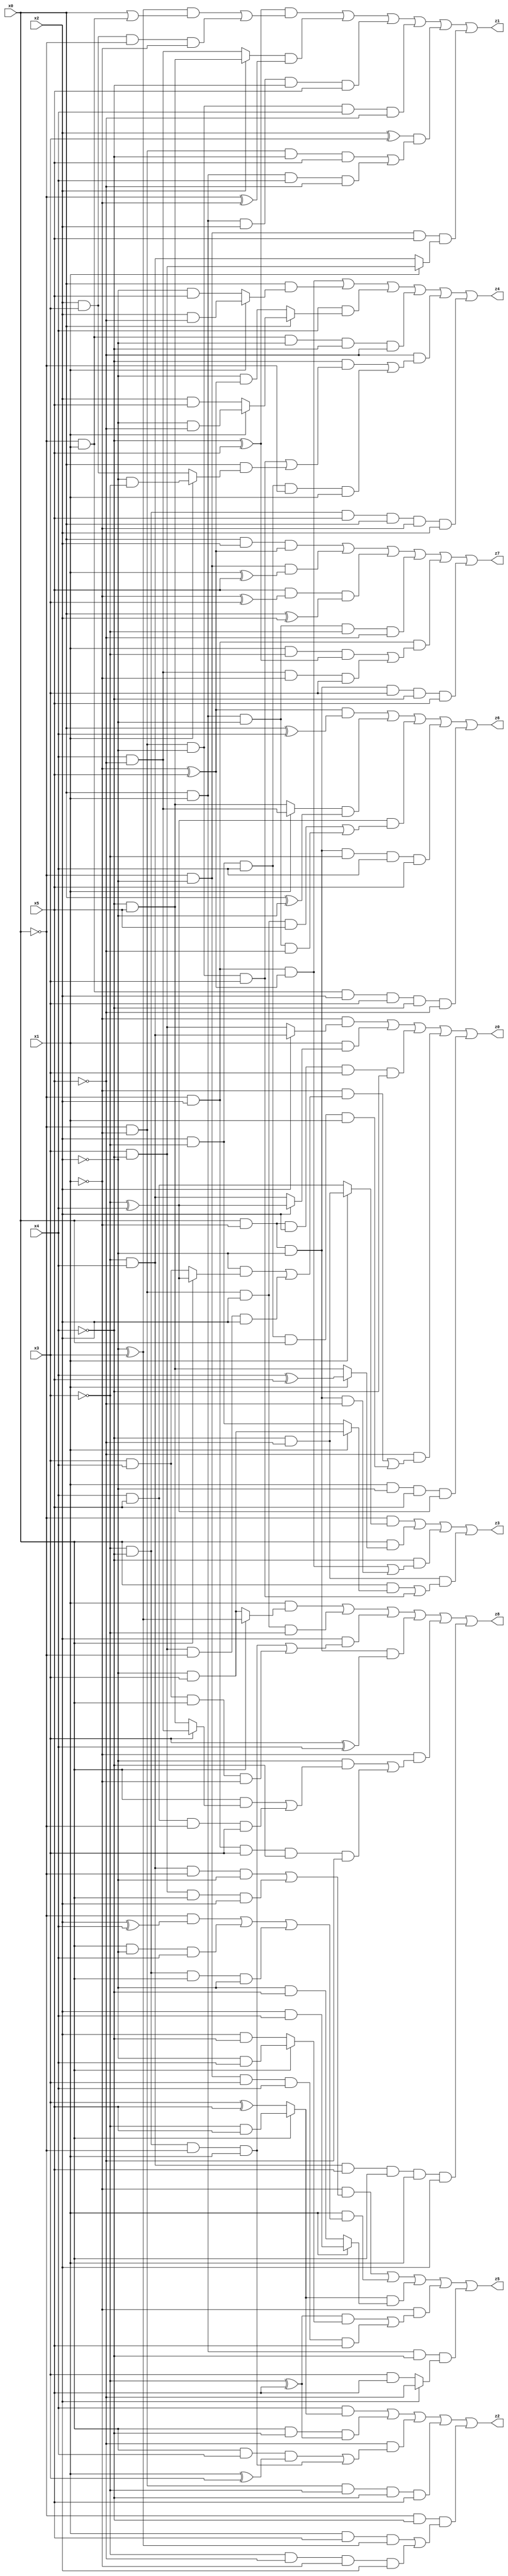
// Benchmark "X_54" written by ABC on Mon Jun 05 23:03:40 2023

module X_54 ( 
    x0, x1, x2, x3, x4, x5,
    z0, z1, z2, z3, z4, z5, z6, z7, z8  );
  input  x0, x1, x2, x3, x4, x5;
  output z0, z1, z2, z3, z4, z5, z6, z7, z8;
  assign z0 = (~x1 & (x2 ? (~x3 & x4) : (x3 & ~x4))) | (x1 & (x2 ? (~x3 ^ x4) : (~x3 & x4))) | (x0 & ~x1 & x2 & x3 & ~x4) | (~x5 & ((~x1 & ((~x2 & (x0 ? (~x3 ^ x4) : (x3 & x4))) | (x3 & ~x4 & ~x0 & x2))) | (x2 & ~x3 & x4 & x0 & x1))) | (x1 & ~x2 & x5 & (~x3 ^ x4));
  assign z1 = ((~x4 ^ x5) & (((~x2 ^ x3) & (x0 | (~x0 & x1))) | (x2 & x3 & ~x0 & ~x1))) | ((x2 ? (~x4 & x5) : (x4 & ~x5)) & (~x0 ^ ~x1)) | (x0 & x1 & x2 & ~x4 & x5) | (~x0 & ~x1 & ~x2 & x4 & ~x5) | ((x2 ^ x3) & ((~x0 & ~x1 & ~x4 & x5) | (x0 & x1 & x4 & ~x5))) | (~x0 & ~x2 & x5 & (x1 ? (x3 & ~x4) : (~x3 & x4)));
  assign z2 = (x4 & (x0 ? (~x3 & x5) : (x3 ^ x5))) | (x0 & ~x4 & (~x3 ^ x5)) | (~x5 & ((x0 & x4 & (x1 ^ x3)) | (~x3 & ~x4 & ~x0 & x1))) | (~x0 & ~x1 & ~x3 & ~x4 & x5) | (~x0 & ~x4 & ((x1 & x5 & (~x2 ^ x3)) | (~x3 & ~x5 & ~x1 & x2)));
  assign z3 = (~x0 & (x1 ? (~x4 & ~x5) : (x4 & x5))) | (x0 & (x1 ? (x4 ^ x5) : (~x4 & x5))) | (~x4 & ((~x0 & x2 & (~x1 ^ x5)) | (x0 & ~x1 & ~x2 & ~x5))) | (~x4 & ~x5 & ((x0 & (x1 ? (~x2 & x3) : (x2 & ~x3))) | (~x0 & ~x1 & ~x2 & x3)));
  assign z4 = (~x0 & x2 & (~x1 ^ x5)) | (x0 & (x1 ? (x2 & ~x5) : (~x2 & x5))) | (x4 & (x0 ? (x1 ? (~x2 & ~x5) : (x2 & x5)) : (~x2 & (~x1 ^ x5)))) | (~x0 & x1 & ~x2 & ~x4 & ~x5) | (~x5 & ((~x4 & ((~x0 & ~x1 & ~x2 & x3) | (x0 & (x1 ? (~x2 & ~x3) : (x2 & x3))))) | (x2 & ~x3 & x4 & ~x0 & x1))) | (~x3 & ~x4 & x5 & x0 & ~x1 & x2);
  assign z5 = (~x1 & ((~x3 & x4 & ~x0 & ~x2) | (x3 & ~x4 & x0 & x2))) | (x1 & ((~x0 & (x2 ^ x4)) | (x0 & ~x2 & x4) | (~x3 & ~x4 & x0 & ~x2))) | ((x0 ? (~x3 & x5) : (x3 ^ x5)) & (x1 ? (x2 & x4) : (~x2 & ~x4))) | (~x1 & (((~x3 ^ x5) & (x0 ? (~x2 & x4) : (x2 & ~x4))) | (~x0 & ~x2 & x3 & x4 & x5))) | (x0 & x1 & ~x4 & (x2 ? ~x5 : (x3 & x5)));
  assign z6 = ((~x1 ^ x5) & (x0 ^ x4)) | ((x1 ? (x4 & ~x5) : (~x4 & x5)) & (x0 ^ ~x2)) | ((~x3 ^ x4) & ((~x0 & ~x1 & x2 & x5) | (x0 & x1 & ~x2 & ~x5))) | (x0 & ~x1 & ~x2 & ~x3 & x4 & x5) | (~x0 & x1 & x2 & x3 & ~x4 & ~x5);
  assign z7 = (x0 & x2 & (~x1 ^ x5)) | (~x0 & ~x2 & (x1 ^ x5)) | (x5 & (~x1 ^ x3) & (x0 ^ x2)) | (x0 & x1 & ~x2 & ~x3 & ~x5) | (~x0 & x2 & ((x1 & ~x3 & (~x4 ^ x5)) | (x4 & ~x5 & ~x1 & x3))) | (x0 & ~x1 & ~x2 & x3 & ~x4 & x5);
  assign z8 = (x1 & (x0 ? (~x2 ^ x3) : (~x2 & x3))) | (~x0 & ~x1 & x2 & ~x3) | (x2 & ((~x3 & ~x4 & ~x0 & x1) | (x3 & x4 & x0 & ~x1))) | (x0 & ~x1 & ~x2 & (x3 ^ x4)) | (~x1 & ((~x2 & ((x0 & (x3 ? (x4 & ~x5) : (~x4 & x5))) | (x4 & x5 & ~x0 & x3))) | (~x0 & x2 & x3 & ~x4 & ~x5))) | (~x3 & x4 & x5 & x0 & x1 & x2);
endmodule